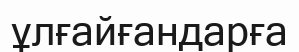
ұлғайғандарға